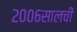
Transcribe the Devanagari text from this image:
२००६सालची